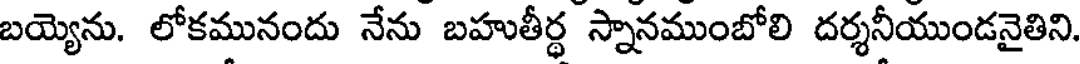
బయ్యెను. లోకమునందు నేను బహుతీర్థ స్నానముంబోలి దర్శనీయుండనైతిని